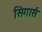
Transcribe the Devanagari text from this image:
सिगार्स